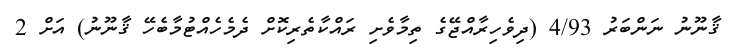
ޤާނޫނު ނަންބަރު 4/93 (ދިވެހިރާއްޖޭގެ ތިމާވެށި ރައްކާތެރިކޮށް ދެމެހެއްޓުމާބެހޭ ޤާނޫނު) އަށް 2